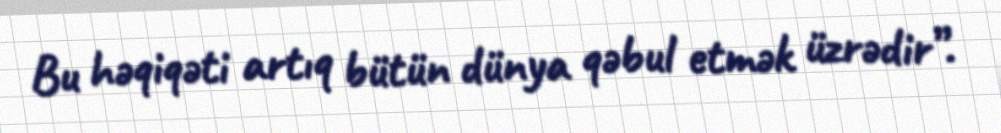
Bu həqiqəti artıq bütün dünya qəbul etmək üzrədir”.